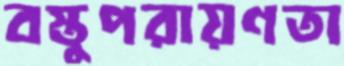
বস্তুপরায়ণতা